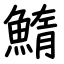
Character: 鰖